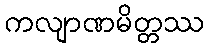
ကလျာဏမိတ္တဿ